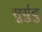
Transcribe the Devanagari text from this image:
सूर्युदु